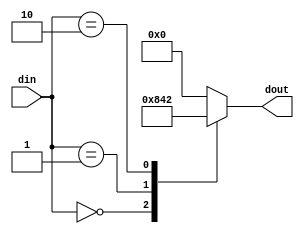
`timescale 1ns / 1ps
//////////////////////////////////////////////////////////////////////////////////
// Company: 
// Engineer: 
// 
// Design Name: 
// Module Name: Decoder2to4
// Project Name: 
// Target Devices: 
// Tool Versions: 
// Description: 
// 
// Dependencies: 
// 
// Revision:
// Revision 0.01 - File Created
// Additional Comments:
// 
//////////////////////////////////////////////////////////////////////////////////


module Decoder2to4(din ,dout);
input [1:0] din;
output reg [3:0] dout;

always @ (din) 
begin
 case (din)
  2'b00 : dout = 4'b1000;
  2'b01 : dout = 4'b0100;
  2'b10 : dout = 4'b0010;
  default : dout = 4'b0000;
 endcase
end

endmodule